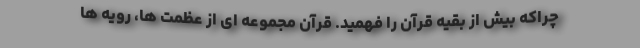
چراکه بیش از بقیه قرآن را فهمید. قرآن مجموعه ای از عظمت ها، رویه ها